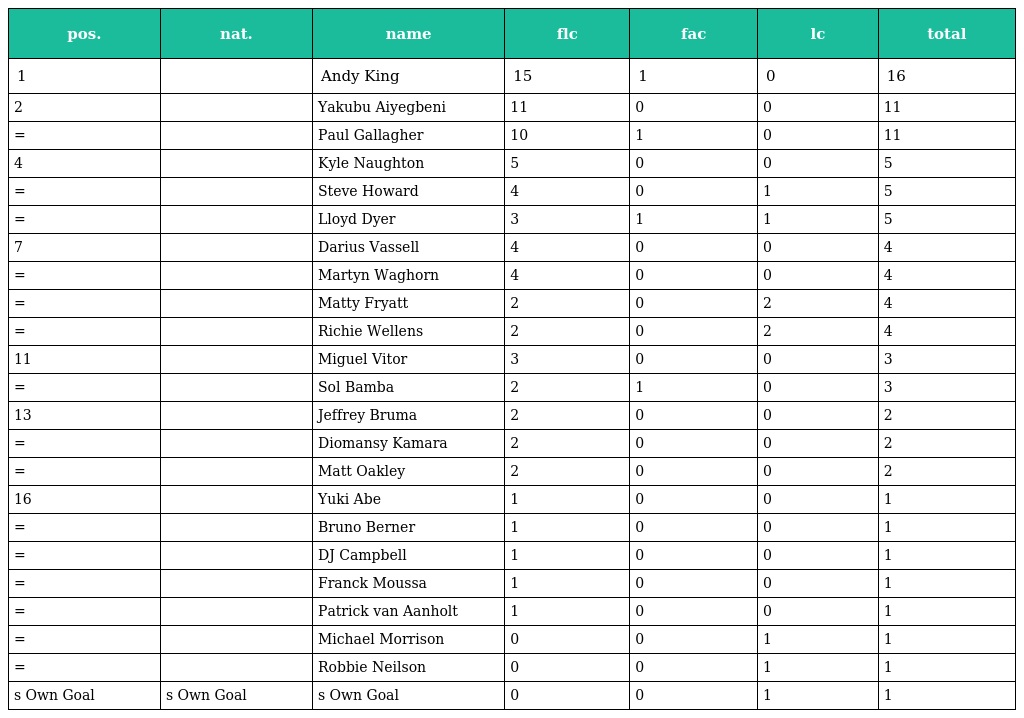
| pos. | nat. | name | flc | fac | lc | total |
 | --- | --- | --- | --- | --- | --- | --- |
 | 1 |  | Andy King | 15 | 1 | 0 | 16 |
 | 2 |  | Yakubu Aiyegbeni | 11 | 0 | 0 | 11 |
 | = |  | Paul Gallagher | 10 | 1 | 0 | 11 |
 | 4 |  | Kyle Naughton | 5 | 0 | 0 | 5 |
 | = |  | Steve Howard | 4 | 0 | 1 | 5 |
 | = |  | Lloyd Dyer | 3 | 1 | 1 | 5 |
 | 7 |  | Darius Vassell | 4 | 0 | 0 | 4 |
 | = |  | Martyn Waghorn | 4 | 0 | 0 | 4 |
 | = |  | Matty Fryatt | 2 | 0 | 2 | 4 |
 | = |  | Richie Wellens | 2 | 0 | 2 | 4 |
 | 11 |  | Miguel Vitor | 3 | 0 | 0 | 3 |
 | = |  | Sol Bamba | 2 | 1 | 0 | 3 |
 | 13 |  | Jeffrey Bruma | 2 | 0 | 0 | 2 |
 | = |  | Diomansy Kamara | 2 | 0 | 0 | 2 |
 | = |  | Matt Oakley | 2 | 0 | 0 | 2 |
 | 16 |  | Yuki Abe | 1 | 0 | 0 | 1 |
 | = |  | Bruno Berner | 1 | 0 | 0 | 1 |
 | = |  | DJ Campbell | 1 | 0 | 0 | 1 |
 | = |  | Franck Moussa | 1 | 0 | 0 | 1 |
 | = |  | Patrick van Aanholt | 1 | 0 | 0 | 1 |
 | = |  | Michael Morrison | 0 | 0 | 1 | 1 |
 | = |  | Robbie Neilson | 0 | 0 | 1 | 1 |
 | s Own Goal | s Own Goal | s Own Goal | 0 | 0 | 1 | 1 |